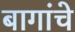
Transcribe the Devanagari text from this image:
बागांचे